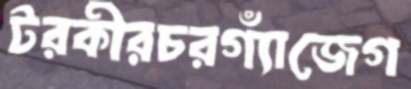
টরকীরচরগ্যাঁজেগ